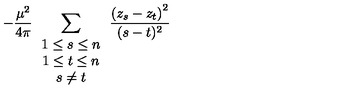
- \frac { \mu ^ { 2 } } { 4 \pi } \sum _ { \begin{array} { c } { 1 \leq s \leq n } \\ { 1 \leq t \leq n } \\ { s \neq t } \\ \end{array} } \frac { \left( z _ { s } - z _ { t } \right) ^ { 2 } } { ( s - t ) ^ { 2 } }